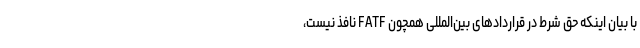
با بیان اینکه حق شرط در قراردادهای بین‌المللی همچون FATF نافذ نیست،